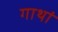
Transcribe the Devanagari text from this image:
गाथां